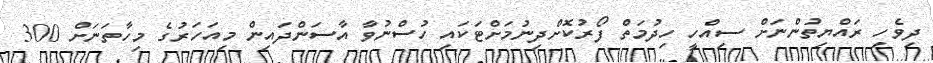
ދިވެހި ރައްޔިތުންނަށް ސިއްހީ ހިދުމަތް ފޯރުކޮށްދިނުމަށްޓަކައި ހުސްނުވާ އާސަންދައިން މިއަހަރުގެ މިހާތަނަށް 300